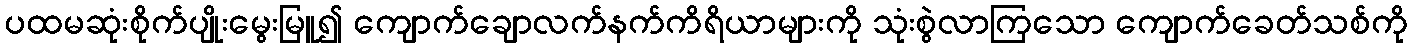
ပထမဆုံးစိုက်ပျိုးမွေးမြူ၍ ကျောက်ချောလက်နက်ကိရိယာများကို သုံးစွဲလာကြသော ကျောက်ခေတ်သစ်ကို